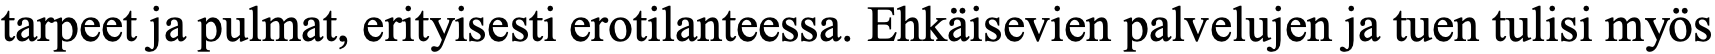
tarpeet ja pulmat, erityisesti erotilanteessa. Ehkäisevien palvelujen ja tuen tulisi myös